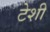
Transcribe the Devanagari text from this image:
टेशी